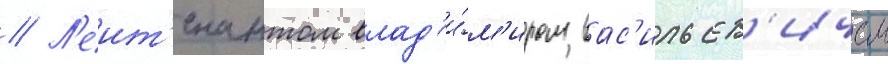
// Л'еит'енантом влад'и́м'иром вас'ильев'ичем